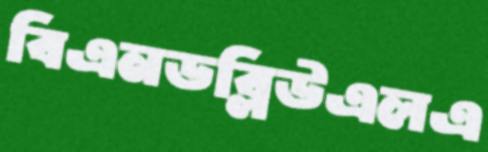
বিএনডব্লিউএলএ